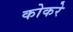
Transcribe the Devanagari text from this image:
कोकरे